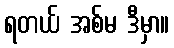
ရတယ် အစ်မ ဒီမှာ။